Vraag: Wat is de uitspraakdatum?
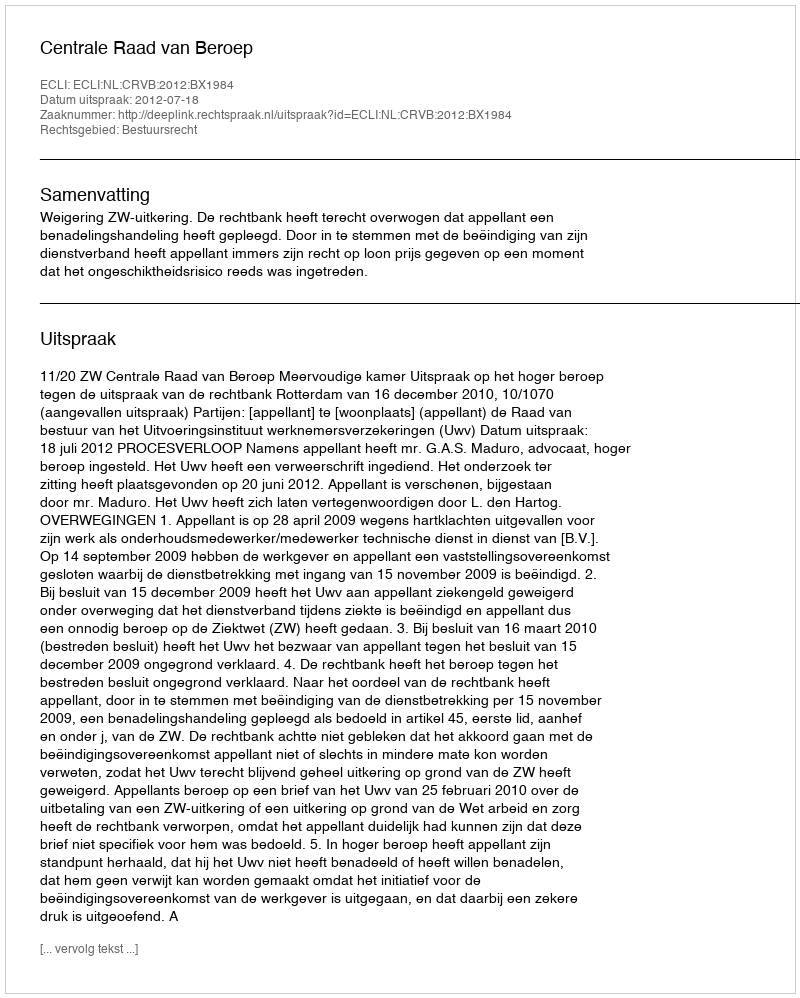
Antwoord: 2012-07-18